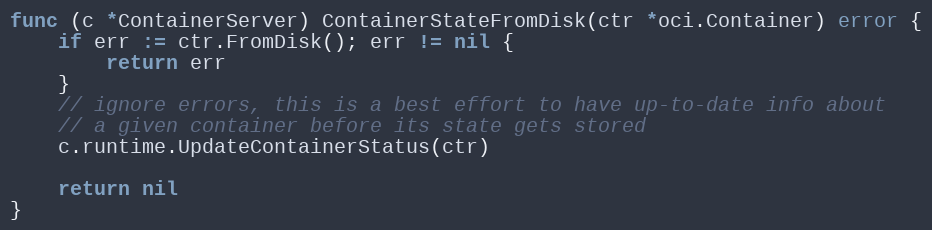
Language: Go
func (c *ContainerServer) ContainerStateFromDisk(ctr *oci.Container) error {
	if err := ctr.FromDisk(); err != nil {
		return err
	}
	// ignore errors, this is a best effort to have up-to-date info about
	// a given container before its state gets stored
	c.runtime.UpdateContainerStatus(ctr)

	return nil
}